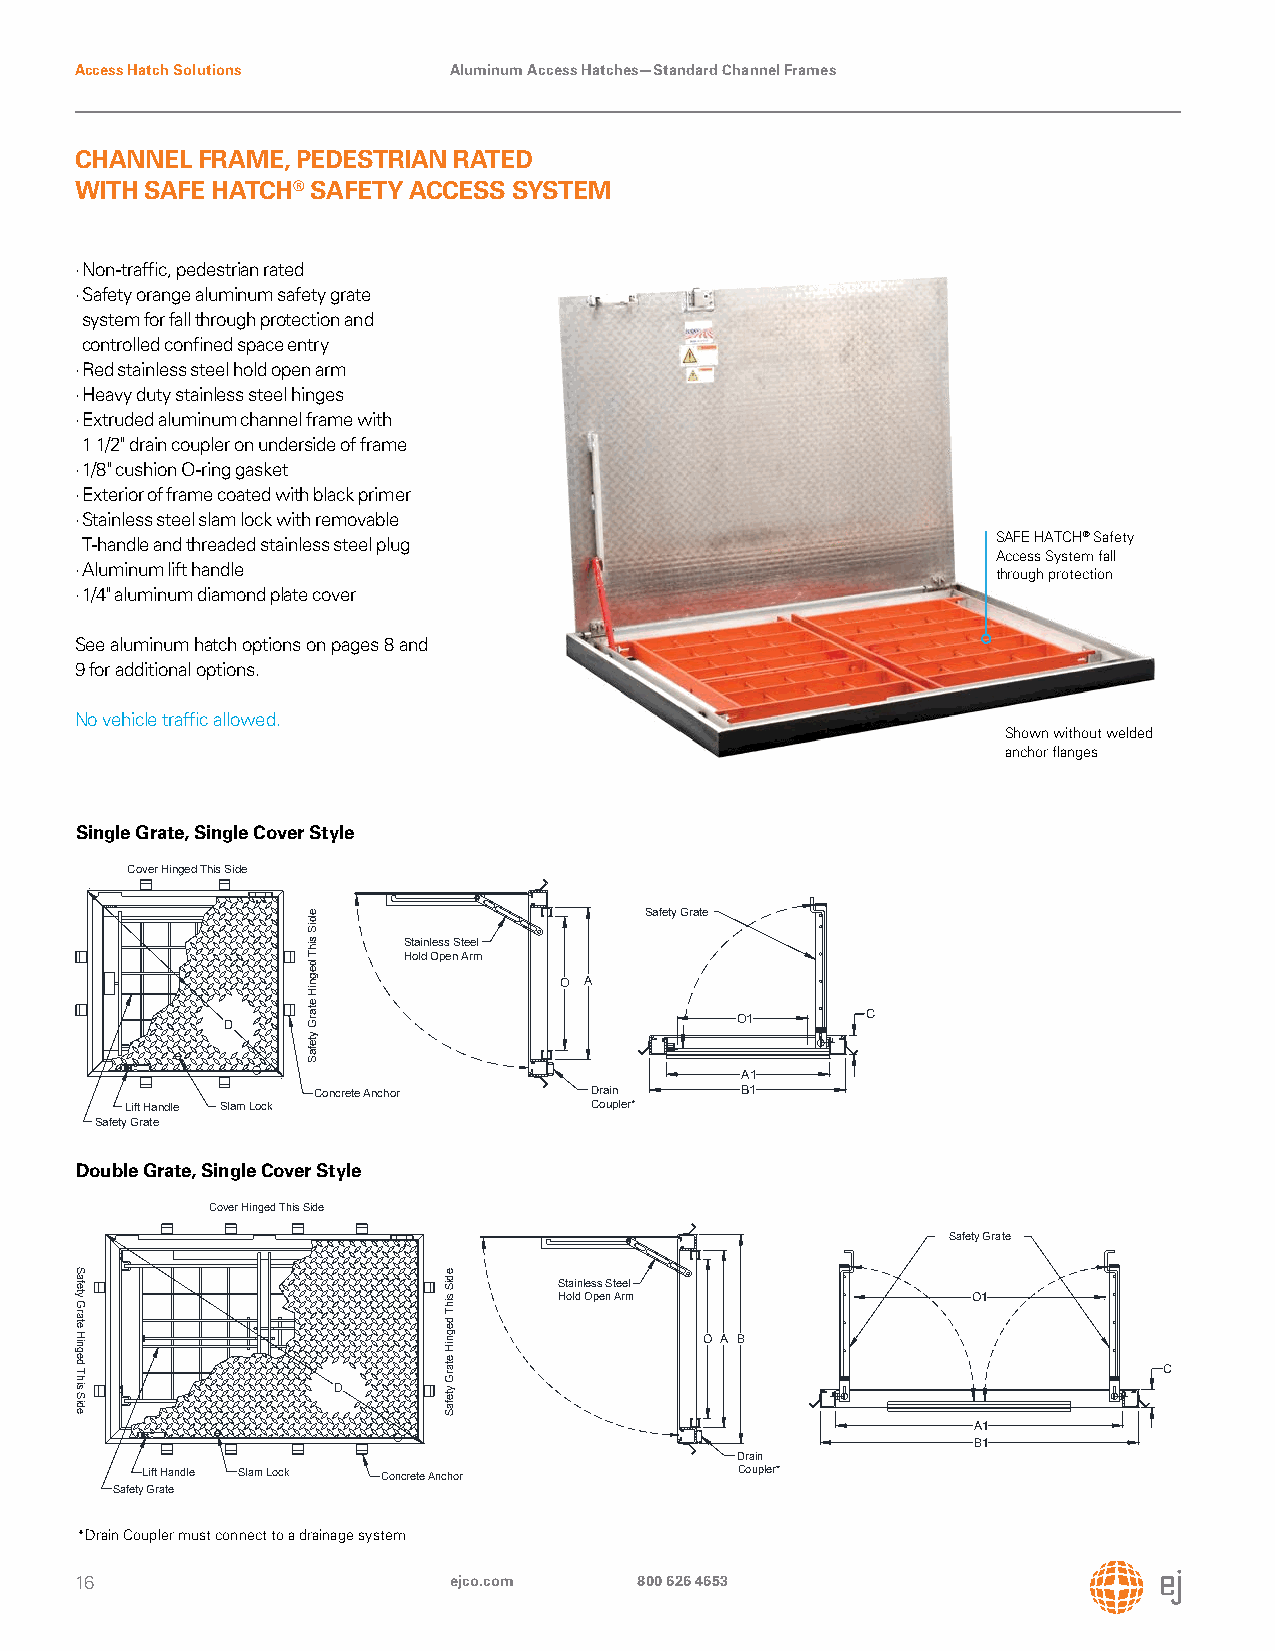
Access Hatch Solutions   Aluminum Access Hatches—Standard Channel Frames
 CHANNEL FRAME, PEDESTRIAN RATED
 WITH SAFE HATCH® SAFETY ACCESS SYSTEM
 · Non-traffic, pedestrian rated
 · Safety orange aluminum safety grate
 system for fall through protection and
 controlled confined space entry
 · Red stainless steel hold open arm
 · Heavy duty stainless steel hinges
 · Extruded aluminum channel frame with
 1 1/2" drain coupler on underside of frame
 · 1/8" cushion O-ring gasket
 · Exterior of frame coated with black primer
 · Stainless steel slam lock with removable
 SAFE HATCH® Safety
 T-handle and threaded stainless steel plug
 Access System fall
 · Aluminum lift handle                                       through protection
 · 1/4" aluminum diamond plate cover
 See aluminum hatch options on pages 8 and
 9 for additional options.
 No vehicle traffic allowed.
 Shown without welded
 anchor flanges
 Single Grate, Single Cover Style
 Cover Hinged This Side
 Safety Grate
 Stainless Steel
 Hold Open Arm
 O A
 O1      C
 D
 A1
 Concrete Anchor   Drain     B1
 Lift Handle Slam Lock          Coupler*
 Safety Grate
 Double Grate, Single Cover Style
 Cover Hinged This Side
 Safety Grate
 Stainless Steel
 Hold Open Arm              O1
 O A B
 C
 D
 A1
 B1
 Drain
 Lift Handle Slam Lock Concrete Anchor   Coupler*
 Safety Grate
 *Drain Coupler must connect to a drainage system
 16                       ejco.com    800 626 4653
 Safety
 Grate
 Hinged
 This
 Side
 ediS
 sihT
 degniH
 etarG
 ytefaS
 ediS
 sihT
 degniH
 etarG
 ytefaS